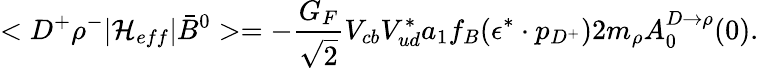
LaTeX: <D^{+}\rho^{-}|{\cal H}_{eff}|\bar{B}^{0}>=-\frac{G_{F}}{\sqrt{2}}V_{cb}V_{ud}^{*}a_{1}f_{B}(\epsilon^{*}\cdot p_{D^{+}})2m_{\rho}A_{0}^{D\to\rho}(0).